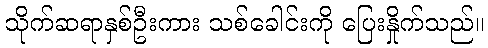
သိုက်ဆရာနှစ်ဦးကား သစ်ခေါင်းကို ပြေးနှိုက်သည်။